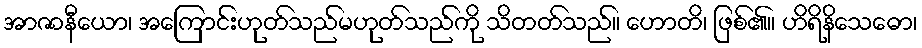
အာဇာနီယော၊ အကြောင်းဟုတ်သည်မဟုတ်သည်ကို သိတတ်သည်။ ဟောတိ၊ ဖြစ်၏။ ဟိရိနိသေဓော၊